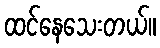
ထင်နေသေးတယ်။